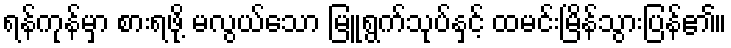
ရန်ကုန်မှာ စားရဖို့ မလွယ်သော မြူရွက်သုပ်နှင့် ထမင်းမြိန်သွားပြန်၏။